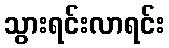
သွားရင်းလာရင်း